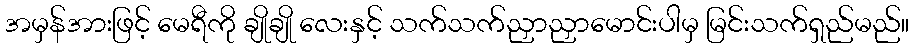
အမှန်အားဖြင့် မေရီကို ချိုချို လေးနှင့် သက်သက်ညှာညှာမောင်းပါမှ မြင်းသက်ရှည်မည်။